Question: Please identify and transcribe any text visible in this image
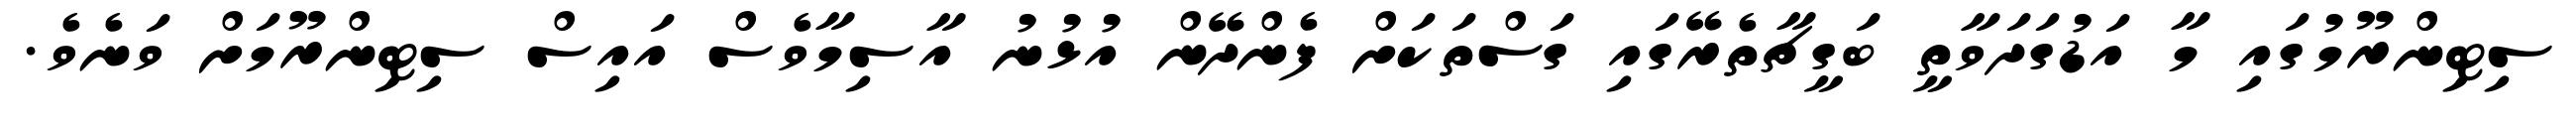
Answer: ސިޓިންރޫމުގައި މާ އަޑުގަދަވާތީ ބަގީޗާތެރޭގައި ގަސްތަކަށް ފެންދޭން އުޅުނު އާސިމާވެސް އައިސް ސިޓިންރޫމަށް ވަނެވެ.